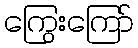
ကြွေးကြော်